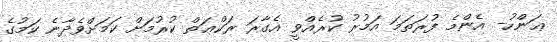
ޢަންހު- އެންމެ ފުރަތަމަ އަމުރު ކުރެއްވީ އެގާރަ ރަކްޢަތް ކުރުމަށް ކަމަށްވެދާނެ ކަމުގެ